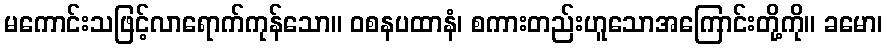
မကောင်းသဖြင့်လာရောက်ကုန်သော။ ဝစနပထာနံ၊ စကားတည်းဟူသောအကြောင်းတို့ကို။ ခမော၊